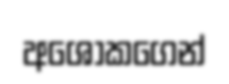
අශෝකගෙන්